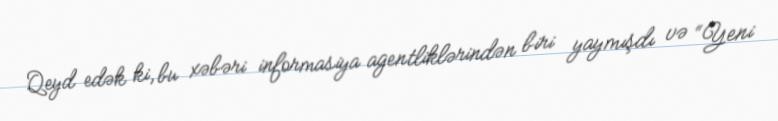
Qeyd edək ki, bu xəbəri informasiya agentliklərindən biri yaymışdı və “Yeni